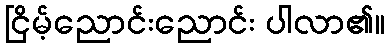
ငြိမ့်ညောင်းညောင်း ပါလာ၏။